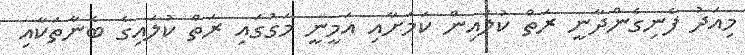
މިއަދު ފެނިގެންދާނީ ރަތް ކުލައިން ކަމަށާއި އަމީނީ މަގުގައި ރަތް ކުލައިގެ ބެނާތަކާއި